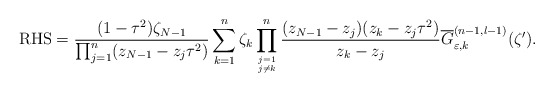
\begin{align*}\mbox{RHS}=\displaystyle\frac{(1-\tau^2)\zeta_{N-1}}{\prod_{j=1}^n(z_{N-1}-z_j\tau^2)}\sum_{k=1}^n \zeta_k\displaystyle \prod_{j=1 \atop j\neq k}^{n}\frac{(z_{N-1}-z_j)(z_k-z_j \tau^2)}{z_k -z_j}\displaystyle\overline{G}_{\varepsilon ,k}^{(n-1,l-1)} (\zeta').\end{align*}